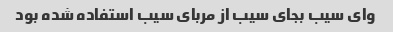
وای سیب بجای سیب از مربای سیب استفاده شده بود